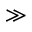
\gg